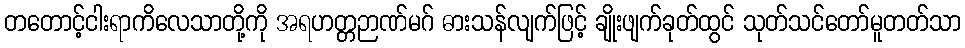
တတောင့်ငါးရာကိလေသာတို့ကို အရဟတ္တဉာဏ်မဂ် ဓားသန်လျက်ဖြင့် ချိုးဖျက်ခုတ်ထွင် သုတ်သင်တော်မူတတ်သာ